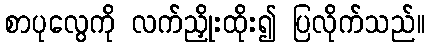
စာပုလွေကို လက်ညှိုးထိုး၍ ပြလိုက်သည်။